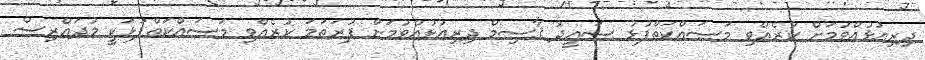
ދިރިއުޅުއްވުމަށް ކުރެއްވި މަސައްކަތްޕުޅު ސަޢީދު ޤާސިމް ދިރިއުޅުއްވުމަށް ފުރަތަމަ ކުރެއްވި މަސައްކަތްޕުޅަކީ މުދައްރިސް